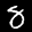
Label: 8